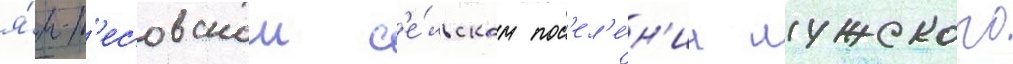
я́м-т'есовском с'е́льском пос'ел'е́н'ии лужского